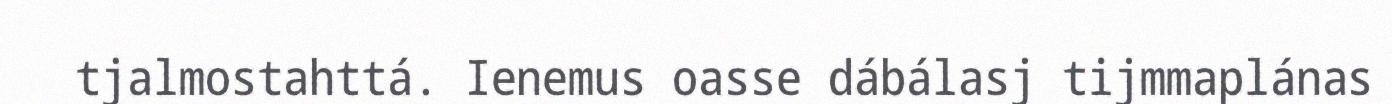
tjalmostahttá. Ienemus oasse dábálasj tijmmaplánas